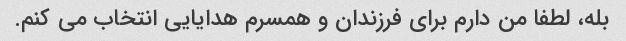
بله، لطفا من دارم برای فرزندان و همسرم هدایایی انتخاب می کنم.